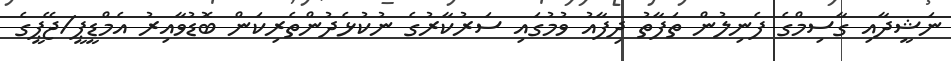
ނަޝީދާއި ގާސިމްގެ ފެނިލުން ތަފާތު ދިފާއު ވުމުގައި ސަރުކާރުގެ ނުކުޅެދުންތެރިކަން ބޮޑުވާއިރު އެމްޑީޕީ/ޖޭޕީގެ